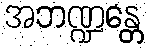
အဘဏ္ဍန္တေ